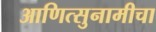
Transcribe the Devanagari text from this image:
आणित्सुनामीचा